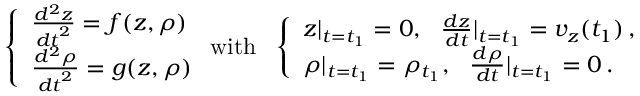
\left\{ \begin{array} { l l } { \frac { d ^ { 2 } z } { { d t } ^ { 2 } } = f ( z , \rho ) } \\ { \frac { d ^ { 2 } \rho } { { d t } ^ { 2 } } = g ( z , \rho ) } \end{array} \right. \mathrm { w i t h } \ \ \left\{ \begin{array} { l l } { z | _ { t = t _ { 1 } } = 0 , \ \ \frac { d z } { d t } | _ { t = t _ { 1 } } = v _ { z } ( t _ { 1 } ) \, , } \\ { \rho | _ { t = t _ { 1 } } = \rho _ { t _ { 1 } } , \ \ \frac { d \rho } { d t } | _ { t = t _ { 1 } } = 0 \, . } \end{array} \right.